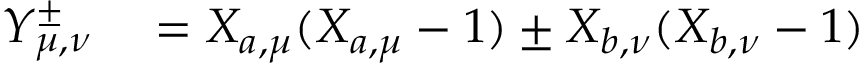
\begin{array} { r l } { Y _ { \mu , \nu } ^ { \pm } } & { { } = X _ { a , \mu } ( X _ { a , \mu } - 1 ) \pm X _ { b , \nu } ( X _ { b , \nu } - 1 ) } \end{array}